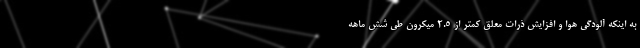
به اینکه آلودگی هوا و افزایش ذرات معلق کمتر از ۲.۵ میکرون طی شش ماهه